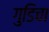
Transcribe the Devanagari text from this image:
गुडिचा